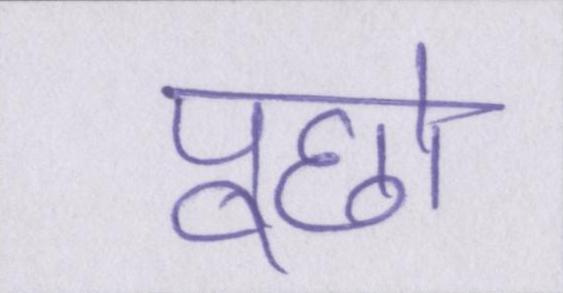
पूछो